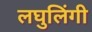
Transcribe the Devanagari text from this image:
लघुलिंगी